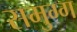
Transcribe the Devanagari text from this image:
समुग्ग